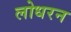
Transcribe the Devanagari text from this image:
लोधरन